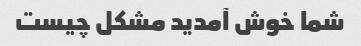
شما خوش آمدید مشکل چیست